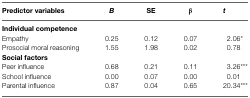
| Predictor variables | B | SE | β | t |
 | --- | --- | --- | --- | --- |
 | Individual competence |
 | Empathy | 0.25 | 0.12 | 0.07 | 2.06* |
 | Prosocial moral reasoning | 1.55 | 1.98 | 0.02 | 0.78 |
 | Social factors |
 | Peer influence | 0.68 | 0.21 | 0.11 | 3.26*** |
 | School influence | 0.00 | 0.07 | 0.00 | 0.01 |
 | Parental influence | 0.87 | 0.04 | 0.65 | 20.34*** |